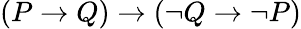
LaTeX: (P\to Q)\to(\neg Q\to\neg P)